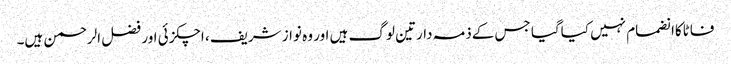
فاٹاکاانضمام نہیں کیاگیا جس کےذمہ دارتین لوگ ہیں اور وہ نواز شریف ، اچکزئی اور فضل الرحمن ہیں۔